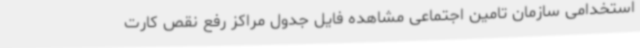
استخدامی سازمان تامین اجتماعی مشاهده فایل جدول مراکز رفع نقص کارت